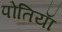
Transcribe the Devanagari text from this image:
पोतियाॅ